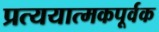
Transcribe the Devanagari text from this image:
प्रत्ययात्मकपूर्वक